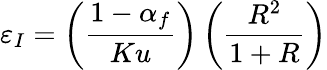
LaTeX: \varepsilon_{I}=\left(\frac{1-\alpha_{f}}{Ku}\right)\left(\frac{R^{2}}{1+R}\right)